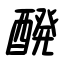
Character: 醗